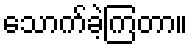
သောက်ခဲ့ကြတာ။